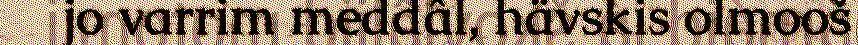
jo varrim meddâl, hävskis olmooš